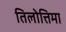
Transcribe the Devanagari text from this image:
तिलोत्तिमा